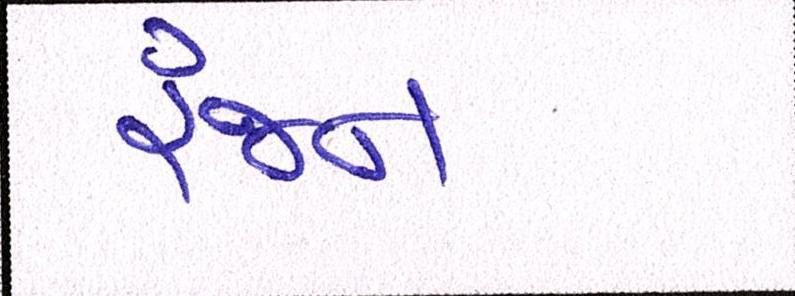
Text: રંજન